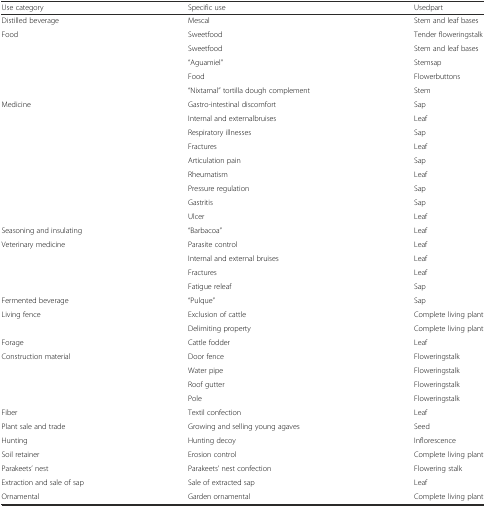
| Use category | Specific use | Usedpart |
 | --- | --- | --- |
 | Distilled beverage | Mescal | Stem and leaf bases |
 | Food | Sweetfood | Tender floweringstalk |
 |  | Sweetfood | Stem and leaf bases |
 |  | “Aguamiel” | Stemsap |
 |  | Food | Flowerbuttons |
 |  | “Nixtamal” tortilla dough complement | Stem |
 | Medicine | Gastro-intestinal discomfort | Sap |
 |  | Internal and externalbruises | Leaf |
 |  | Respiratory illnesses | Sap |
 |  | Fractures | Leaf |
 |  | Articulation pain | Sap |
 |  | Rheumatism | Leaf |
 |  | Pressure regulation | Sap |
 |  | Gastritis | Sap |
 |  | Ulcer | Leaf |
 | Seasoning and insulating | “Barbacoa” | Leaf |
 | Veterinary medicine | Parasite control | Leaf |
 |  | Internal and external bruises | Leaf |
 |  | Fractures | Leaf |
 |  | Fatigue releaf | Sap |
 | Fermented beverage | “Pulque” | Sap |
 | Living fence | Exclusion of cattle | Complete living plant |
 |  | Delimiting property | Complete living plant |
 | Forage | Cattle fodder | Leaf |
 | Construction material | Door fence | Floweringstalk |
 |  | Water pipe | Floweringstalk |
 |  | Roof gutter | Floweringstalk |
 |  | Pole | Floweringstalk |
 | Fiber | Textil confection | Leaf |
 | Plant sale and trade | Growing and selling young agaves | Seed |
 | Hunting | Hunting decoy | Inflorescence |
 | Soil retainer | Erosion control | Complete living plant |
 | Parakeets’ nest | Parakeets’ nest confection | Flowering stalk |
 | Extraction and sale of sap | Sale of extracted sap | Leaf |
 | Ornamental | Garden ornamental | Complete living plant |